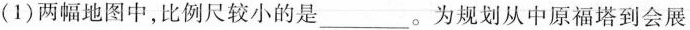
(1)两幅地图中，比例尺较小的是___。为规划从中原福塔到会展